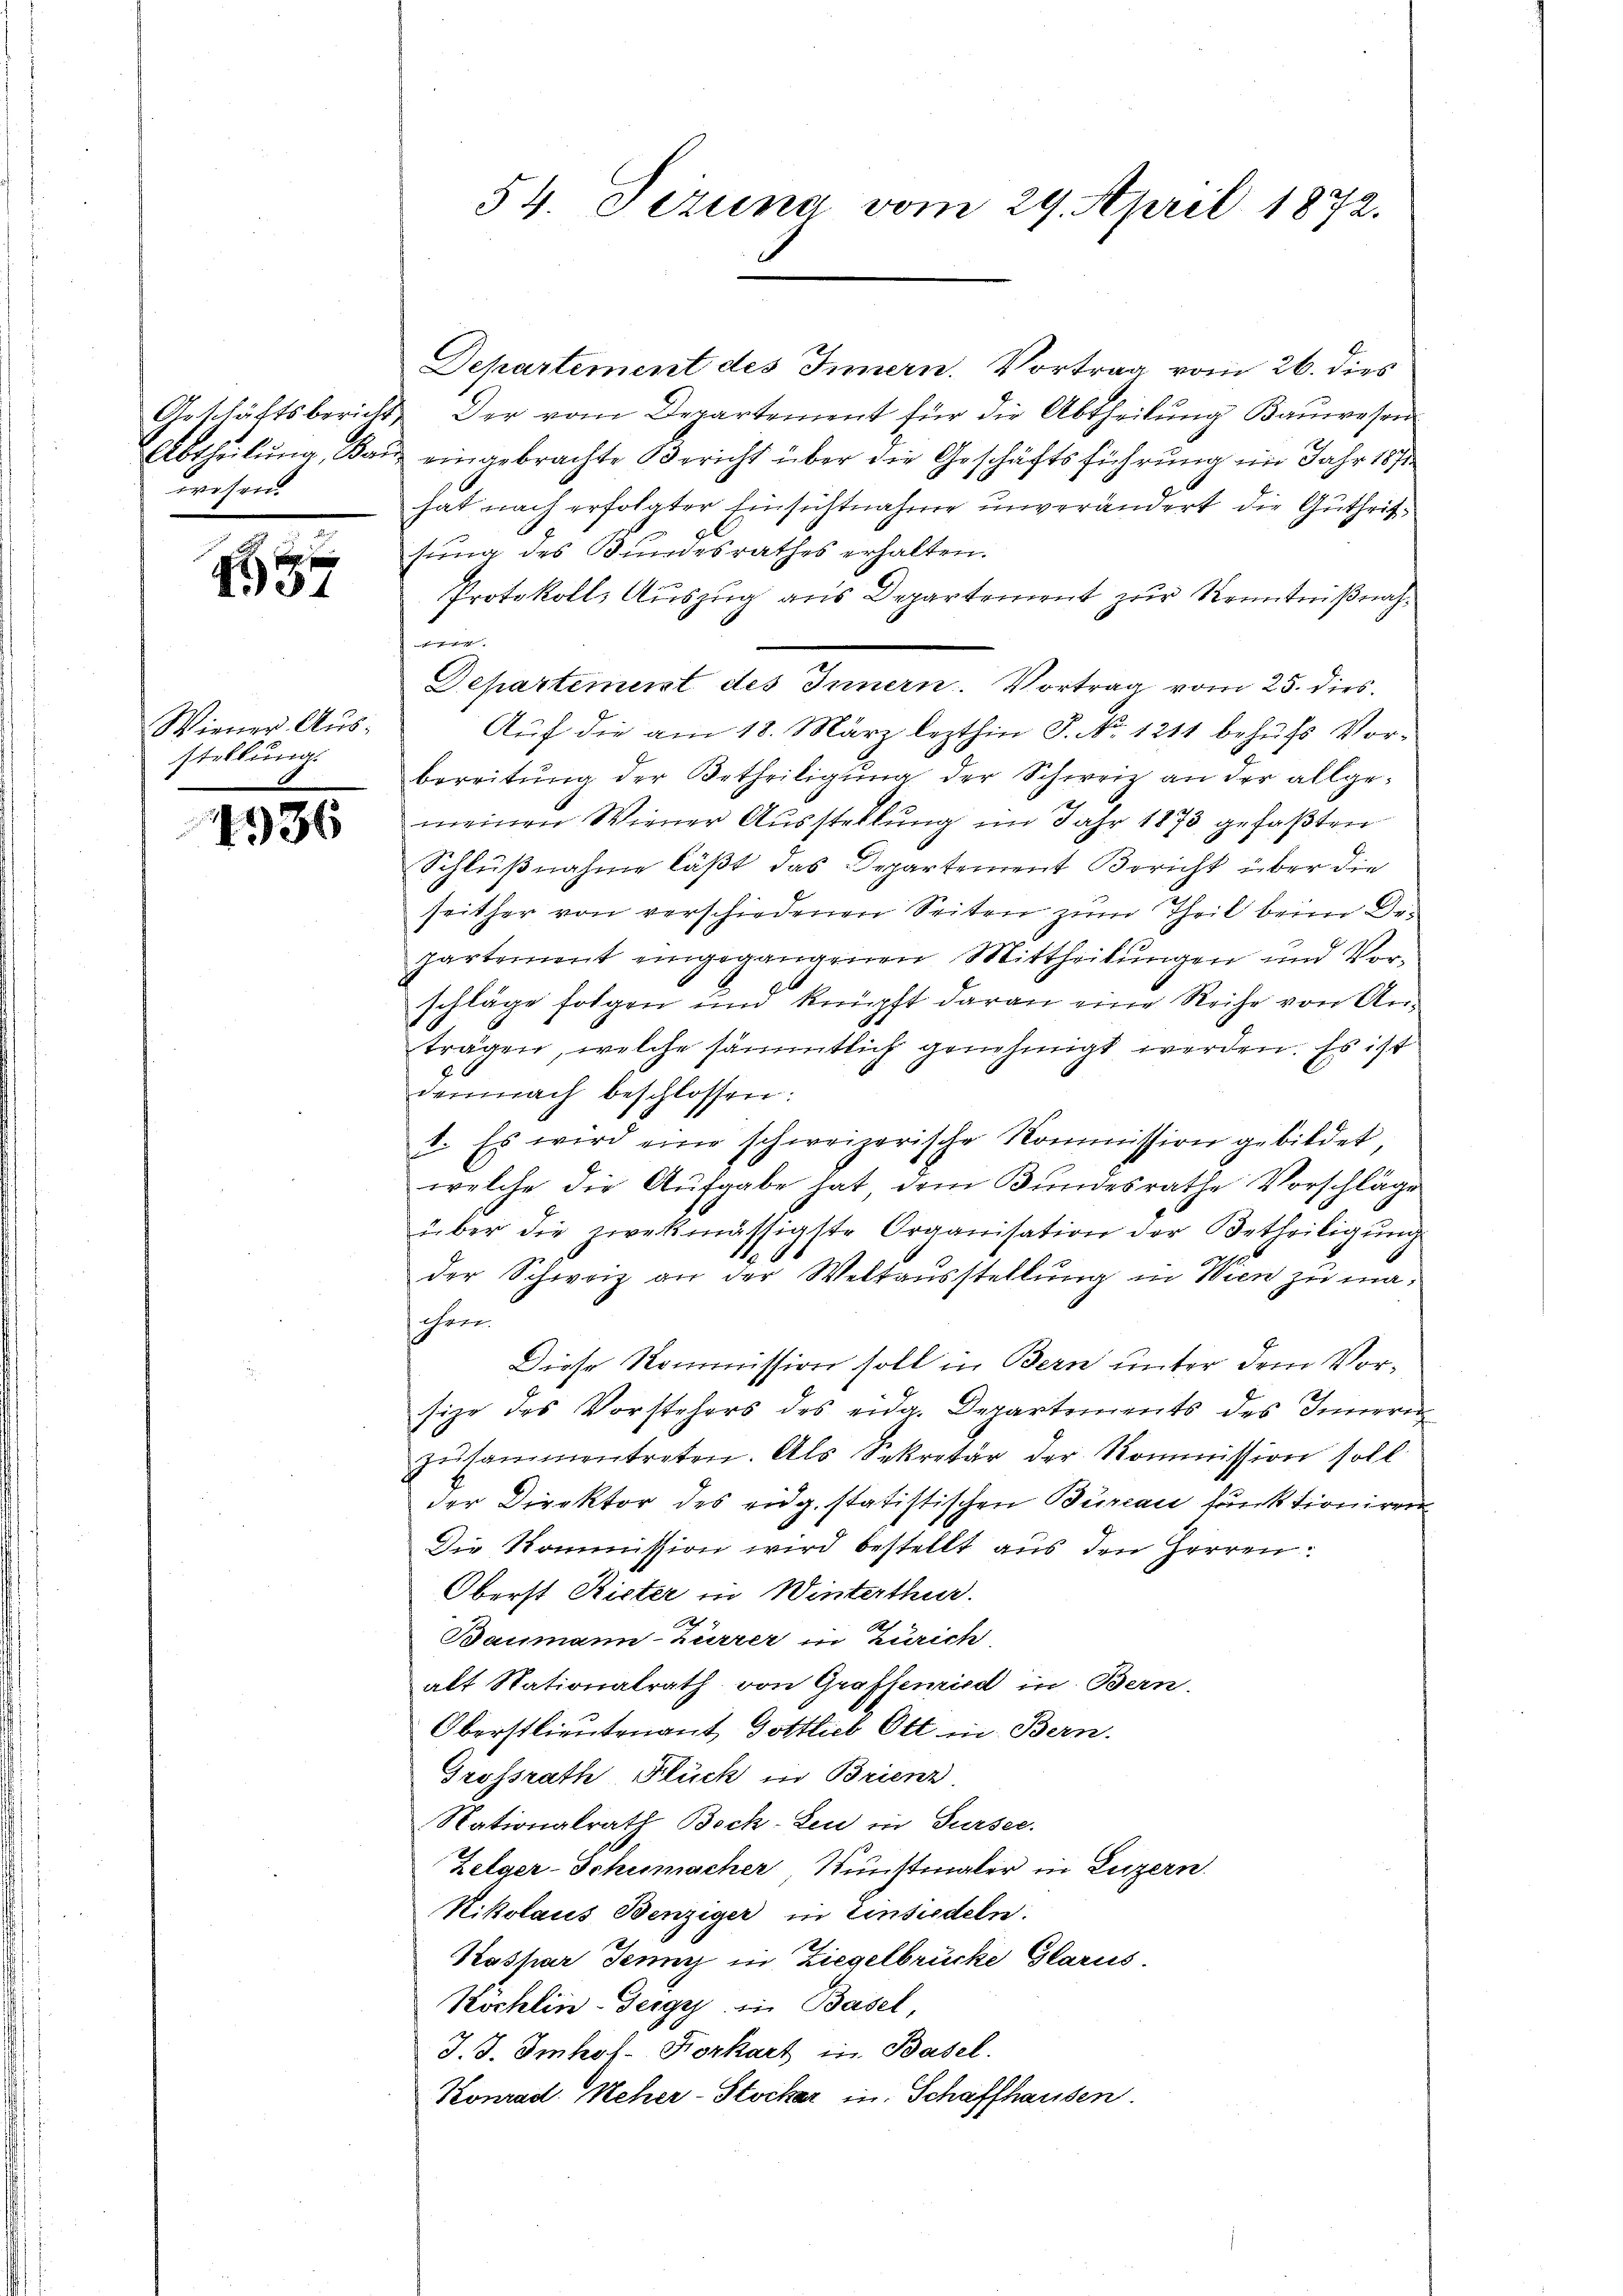
wesen.

p
31

Wiener Ausstellung.
.

4936

54. Fezung vom 29. April 1872.

Departement des Innern. Vortrag vom 26. dies
Geschäftsbericht der vom Departement für die Abtheilŭng Baŭwesen
Abtheilung, Bau eingebrachte Bericht über die Geschäftsführung im Jahr 1870
hat nach erfolgter Einsichtnahme unverändert die Gutheitsung des Bundesrathes erhalten.
Protokolls Auszug aus Departement zur Kenntnißnahf
Departement des Innern. Vortrag vom 25. dies
Aŭf die am 18. März lezthin J. No. 1211 behŭfs Vor-
bereitŭng der Betheiligŭng der Schweiz an der allge-
meinen Wiener Aŭsstellŭng im Jahr 1873 gefaβten
Schlußnahme läßt das Departement Bericht über die
seither von verschiedenen Seiten zum Theil beim Departement eingegangenen Mittheilungen und Vorschläge folgen und knüpft daran eine Reihe von Anträgen, welche sämmtlich genehmigt werden. Es ist
demnach beschlossen:
1. Es wird eine schweizerische Kommission gebildet,
welche die Aufgabe hat, dem Bŭndesrathe Vorschläge
über die zwekmässigste Organisation der Betheiligung
der Schweiz an der Weltausstellung in Wien zu maihren.
Diese Kommission soll in Bern unter dem Vorsize des Vorstehers des eidg. Departements des Innern
zŭsammentreten. Als Sekretär der Kommission soll
der Direktor des eidg. statistischen Bureau funktioniren
Die Kommission wird bestellt aus den Herren:
Oberst Rieter in Winterthur.
f
Baimann zurrer in Zürich,
alt Stationalrath von Graffemied in Bern.
Oberstlieutenant, Gottlich Ott in Bern.
Grossrath Flück in Brienz
Nationalrath Bock-Leu in Sursee.
Zelger-Schumacher Kunstmaler in Luzern
Kikolaus Benziger in Einsiedeln.
Kaspar Jenny in Ziegelbrücke Glarus.
Köchlin-Tergy in Basel,
J. J. Imhof. Korkart in Basel.
Konrad Keher-Stocker in Schaffhausen.